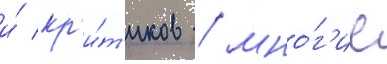
и́ кр'и́т'иков / мно́г'ие